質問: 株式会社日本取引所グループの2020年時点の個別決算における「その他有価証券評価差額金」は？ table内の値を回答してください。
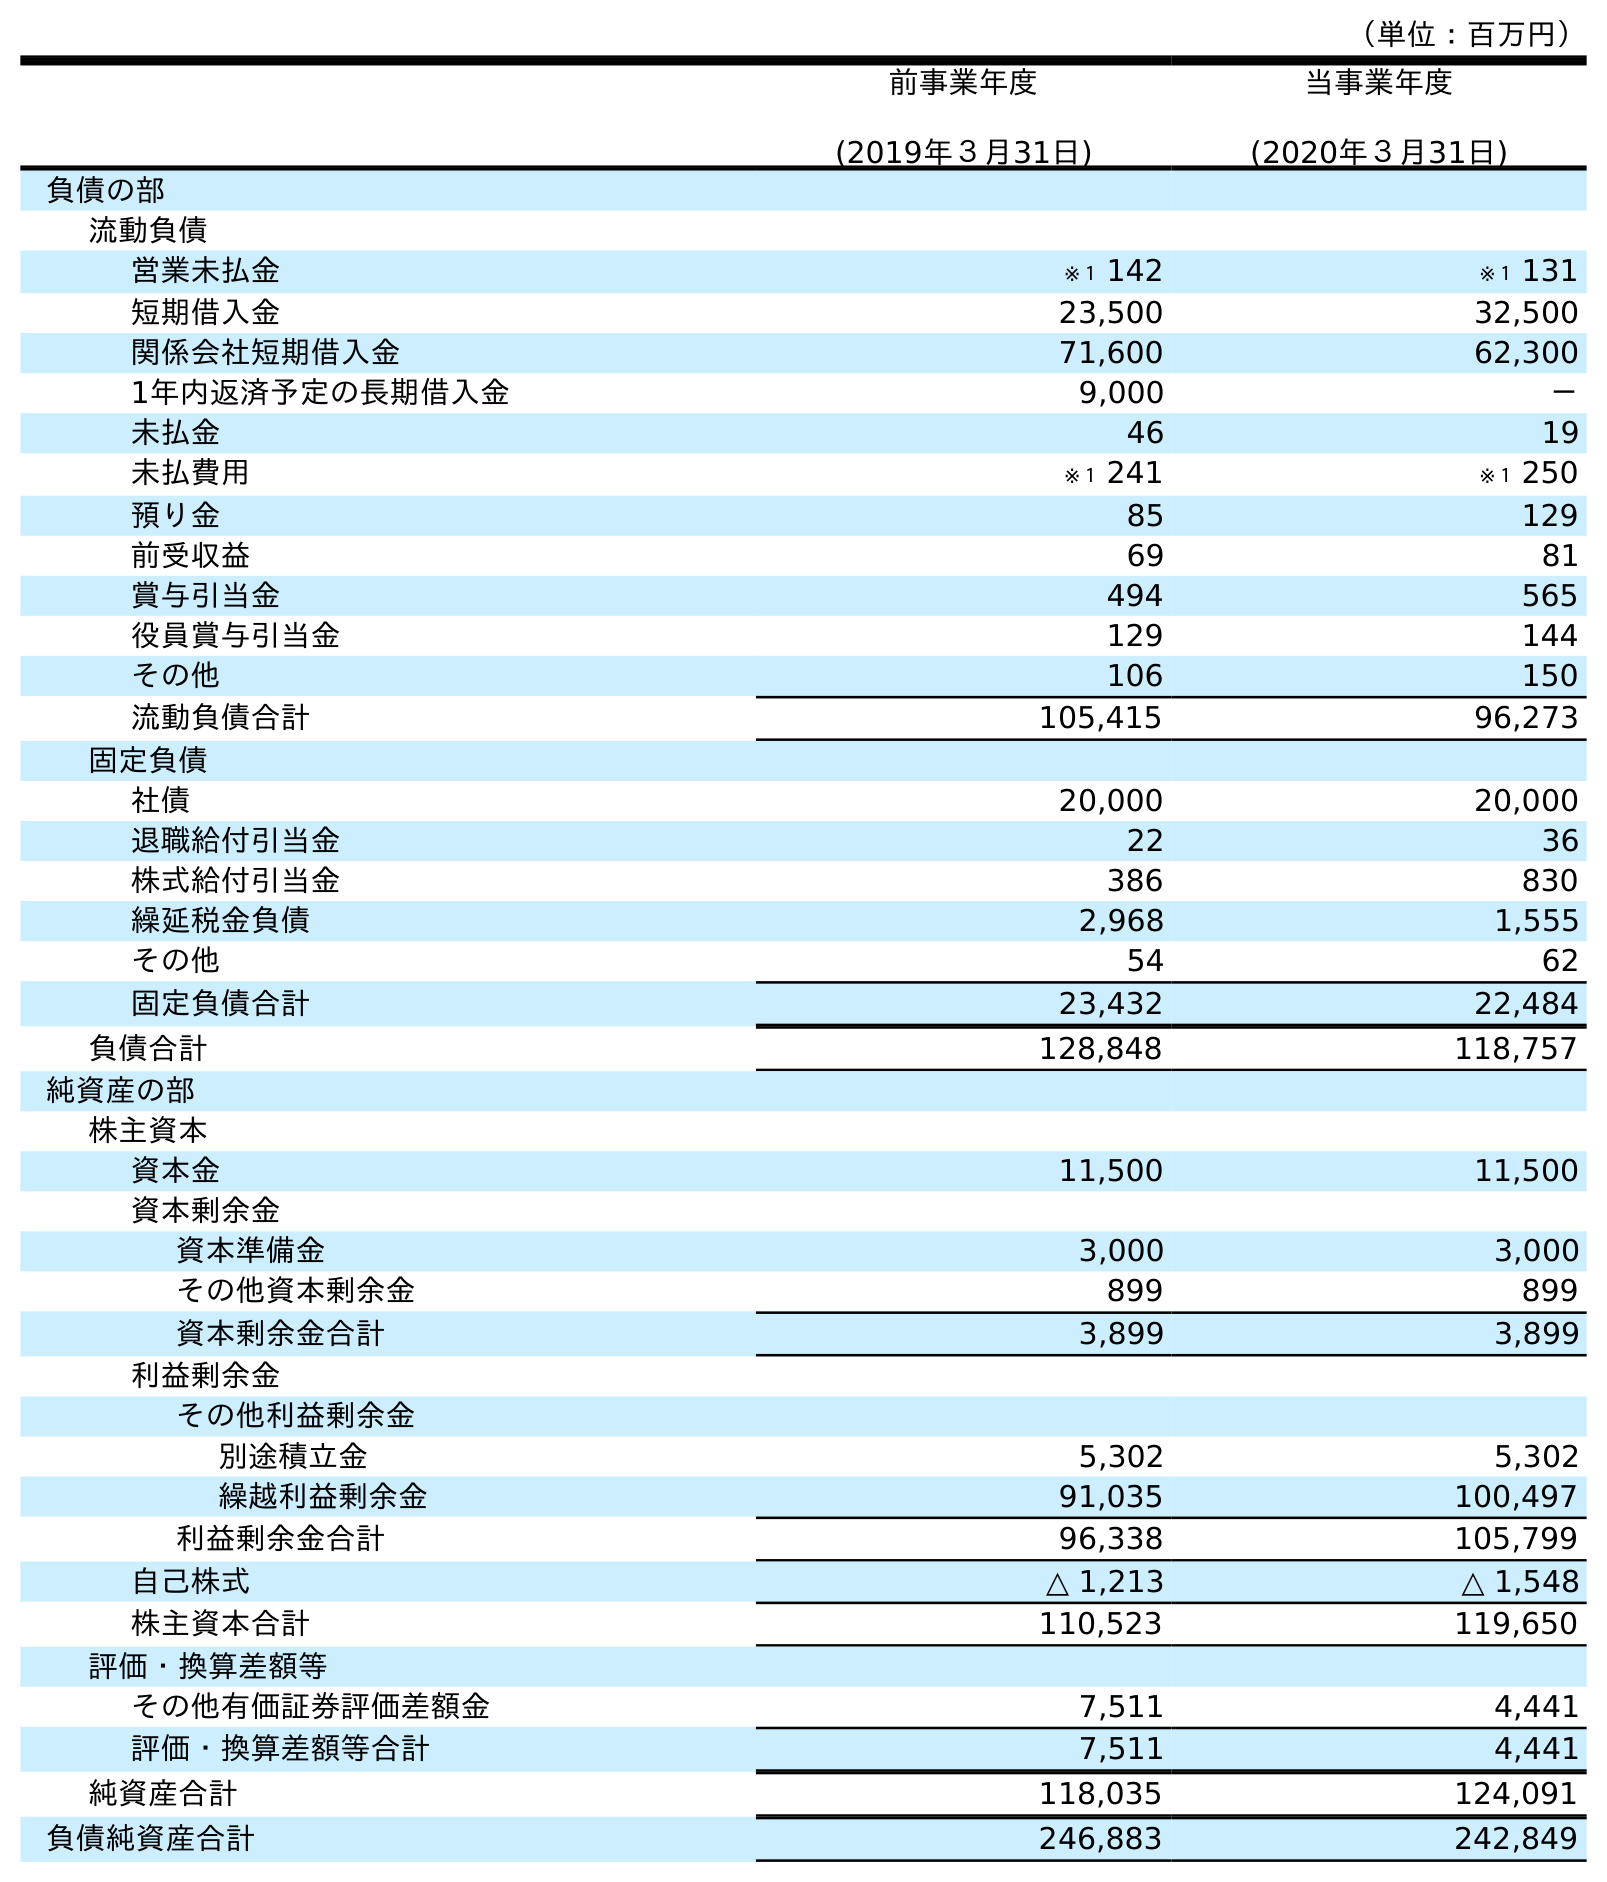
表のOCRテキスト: （単位：百万円） 前事業年度 (2019年３月31日) 当事業年度 (2020年３月31日) 負債の部 流動負債 営業未払金 ※１ 142 ※１ 131 短期借入金 23,500 32,500 関係会社短期借入金 71,600 62,300 1年内返済予定の長期借入金 9,000 － 未払金 46 19 未払費用 ※１ 241 ※１ 250 預り金 85 129 前受収益 69 81 賞与引当金 494 565 役員賞与引当金 129 144 その他 106 150 流動負債合計 105,415 96,273 固定負債 社債 20,000 20,000 退職給付引当金 22 36 株式給付引当金 386 830 繰延税金負債 2,968 1,555 その他 54 62 固定負債合計 23,432 22,484 負債合計 128,848 118,757 純資産の部 株主資本 資本金 11,500 11,500 資本剰余金 資本準備金 3,000 3,000 その他資本剰余金 899 899 資本剰余金合計 3,899 3,899 利益剰余金 その他利益剰余金 別途積立金 5,302 5,302 繰越利益剰余金 91,035 100,497 利益剰余金合計 96,338 105,799 自己株式 △ 1,213 △ 1,548 株主資本合計 110,523 119,650 評価・換算差額等 その他有価証券評価差額金 7,511 4,441 評価・換算差額等合計 7,511 4,441 純資産合計 118,035 124,091 負債純資産合計 246,883 242,849
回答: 4,441